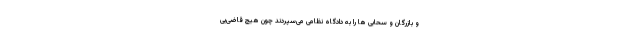
و بازرگان و سحابی ها را به دادگاه نظامی می‌سپردند چون هیچ قاضی‌یی